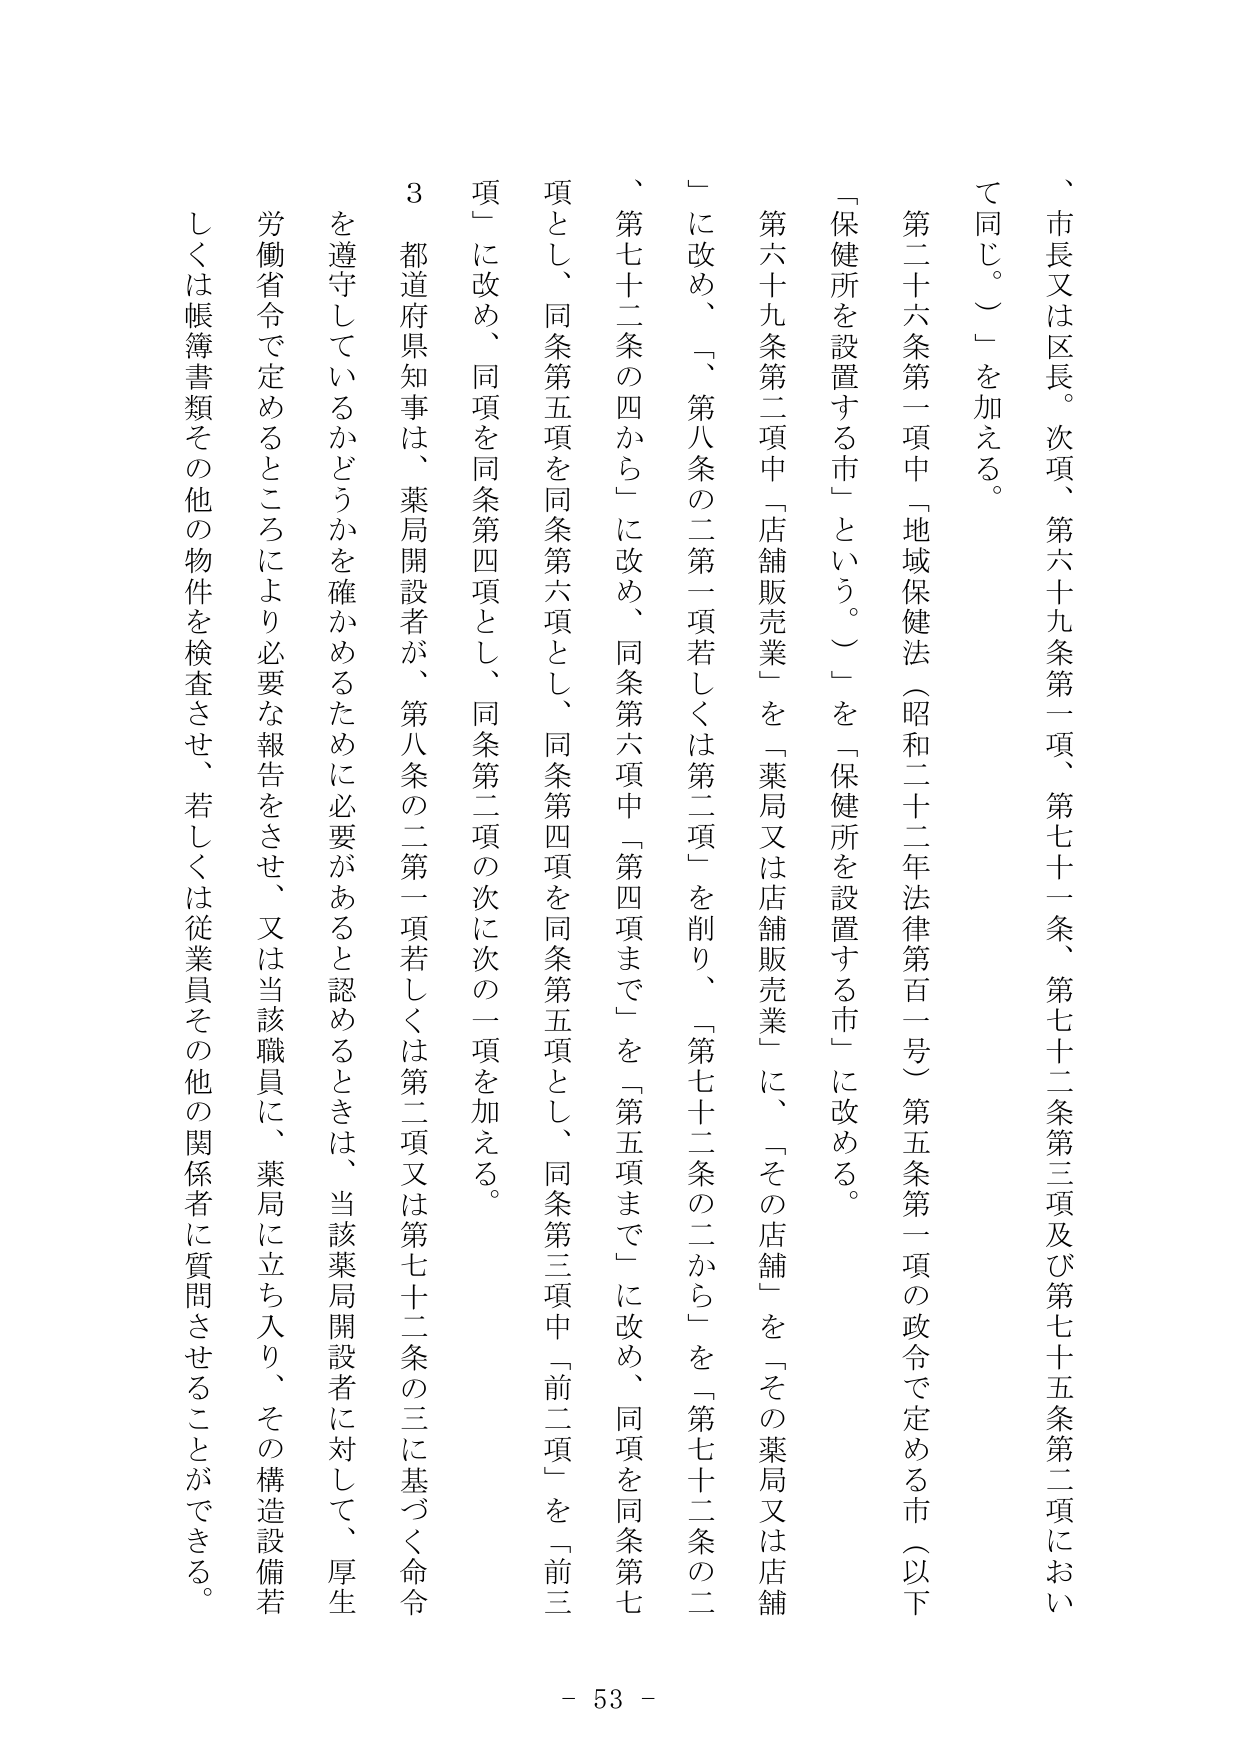
、市長又は区長。次項、第六十九条第一項、第七十一条、第七十二条第三項及び第七十五条第二項において同じ。」を加える。

第二十六条第一項中「地域保健法（昭和二十二年法律第百一号）第五条第一項の政令で定める市（以下「保健所を設置する市」という。）」を「保健所を設置する市」に改める。

第六十九条第二項中「店舗販売業」を「薬局又は店舗販売業」に、「その店舗」を「その薬局又は店舗」に改め、「第八条の二第一項若しくは第二項」を削り、「第七十二条の二から」を「第七十二条の二、第七十二条の四から」に改め、同条第六項中「第四項まで」を「第五項まで」に改め、同項を同条第七項とし、同条第五項を同条第六項とし、同条第四項を同条第五項とし、同条第三項中「前二項」を「前三項」に改め、同項を同条第四項とし、同条第二項の次に次の一項を加える。

３ 都道府県知事は、薬局開設者が、第八条の二第一項若しくは第二項又は第七十二条の三に基づく命令を遵守しているかどうかを確かめるために必要があると認めるときは、当該薬局開設者に対して、厚生労働省令で定めるところにより必要な報告をさせ、又は当該職員に、薬局に立ち入り、その構造設備若しくは帳簿書類その他の物件を検査させ、若しくは従業員その他の関係者に質問させることができる。

- 53 -